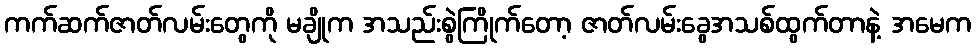
ကက်ဆက်ဇာတ်လမ်းတွေကို မချိုက အသည်းစွဲကြိုက်တော့ ဇာတ်လမ်းခွေအသစ်ထွက်တာနဲ့ အမေက